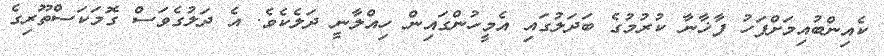
ކެއިންބުއިމަށްފަހު ފާޚާނާ ކުރުމުގެ ބަދަލުގައި އެމީހުންގައިން ހިއްލާނީ ދަލެކެވެ. އެ ދަލުގެވަސް ގޮމަކަސްތޫރިގެ